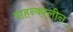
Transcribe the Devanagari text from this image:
वाहन्कालीन